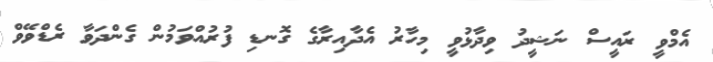
އެމްވީ ރައީސް ނަޝީދު ވިދާޅުވީ މިހާރު އެދާއިރާގެ ގޮނޑި ފުރުއްވަމުން ގެންދަވާ ރެޑްވޭވް